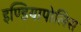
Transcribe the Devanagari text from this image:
इण्डियापोलिस